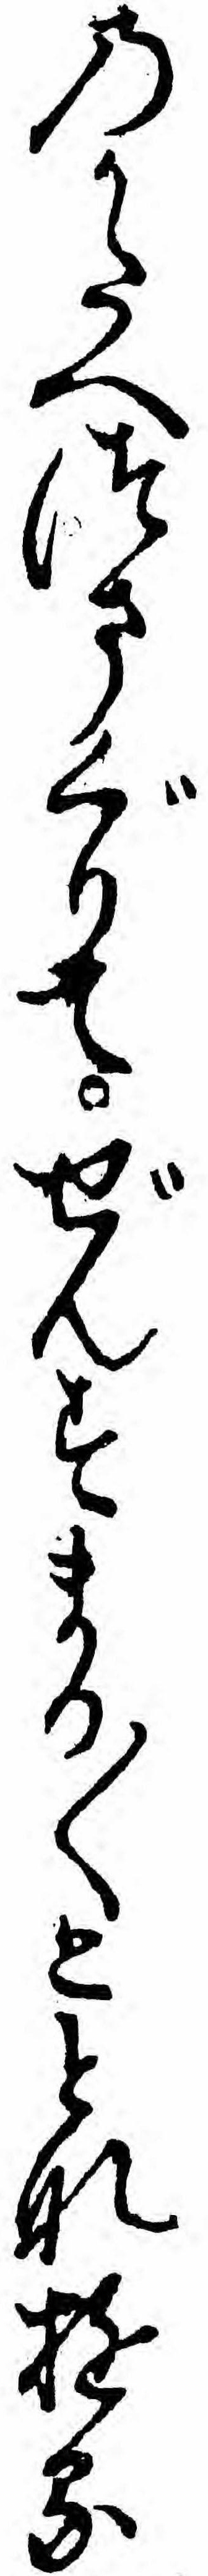
のかたへつまぐりてぜんすまる〱ととなゆる